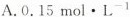
A.0.15mol·L^{-1}